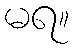
မရ။